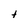
Character: t